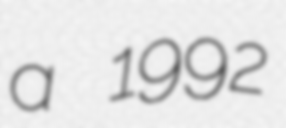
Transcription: a 1992